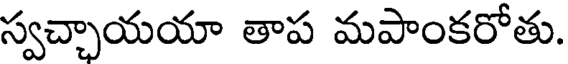
స్వచ్చాయయా తాప మపాంకరోతు.